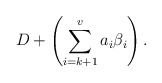
\begin{align*}D+\left(\sum_{i=k+1}^va_i\beta_i\right).\end{align*}